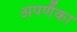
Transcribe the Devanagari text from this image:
अपर्णैका